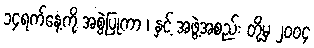
၁၄ရက်နေ့ကို အစွဲပြုကာ ၊ နှင့် အဖွဲ့အစည်း တို့မှ ၂၀၀၄